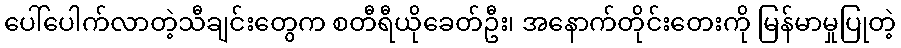
ပေါ်ပေါက်လာတဲ့သီချင်းတွေက စတီရီယိုခေတ်ဦး၊ အနောက်တိုင်းတေးကို မြန်မာမှုပြုတဲ့